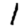
Digit: 1